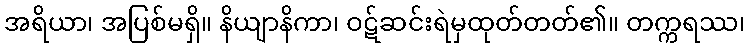
အရိယာ၊ အပြစ်မရှိ။ နိယျာနိကာ၊ ဝဋ်ဆင်းရဲမှထုတ်တတ်၏။ တက္ကရဿ၊